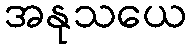
အနုသယေ